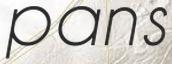
pans